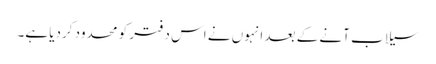
سیلاب آنے کے بعد انہوں نے اس دفتر کو محدود کردیا ہے۔